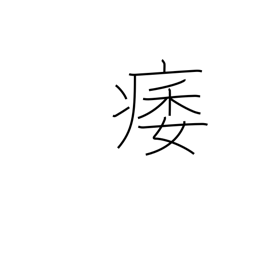
Meaning: atrophy